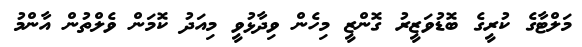
މަލްޓާގެ ކުރީގެ ބޮޑުވަޒީރު ގޮންޒީ މިހެން ވިދާޅުވީ މިއަދު ކޮމަން ވެލްތުން އާންމު